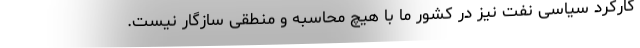
کارکرد سیاسی نفت نیز در کشور ما با هیچ محاسبه و منطقی سازگار نیست.